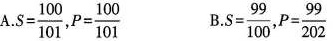
A.$$S = \frac {1 0 0 } {1 0 1 }$$,$$P = \frac { 1 0 0 } { 1 0 1 }$$ B.$$S = \frac { 9 9 } {1 0 0 }$$,$$P = \frac { 9 9 } { 2 0 2 }$$